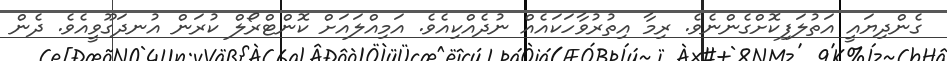
ގެންދިޔައީ އަތުލަފިކޮށްގެންނެވެ. ރިމާ އިތުރުވާހަކައެއް ނުދެއްކިއެވެ. އަމިއްލައަށް ކޮންޓްރޯލް ކުރަން އުނދަގޫވީއެވެ. ދެން